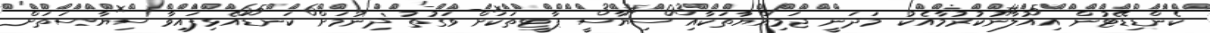
ކެންޑިޑޭޓުން އިއުލާނުކުރުމާއެކު މަދަނީ ޖަމިއްޔާތަކާއި ސިޔާސީ ޕާޓީތަކަށް ވަގުތު ދިނުމަށް ކަނޑައެޅިފައިވާ ސިޔާސަތަށް